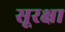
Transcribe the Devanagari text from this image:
सूरक्षा